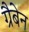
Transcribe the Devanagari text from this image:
ग्रैबेन